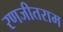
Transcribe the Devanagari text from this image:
रणजीतराम